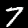
Label: 7